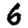
Digit: 6